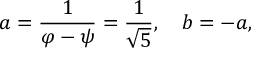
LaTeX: a = { \frac { 1 } { \varphi - \psi } } = { \frac { 1 } { \sqrt { 5 } } } , \quad b = - a ,